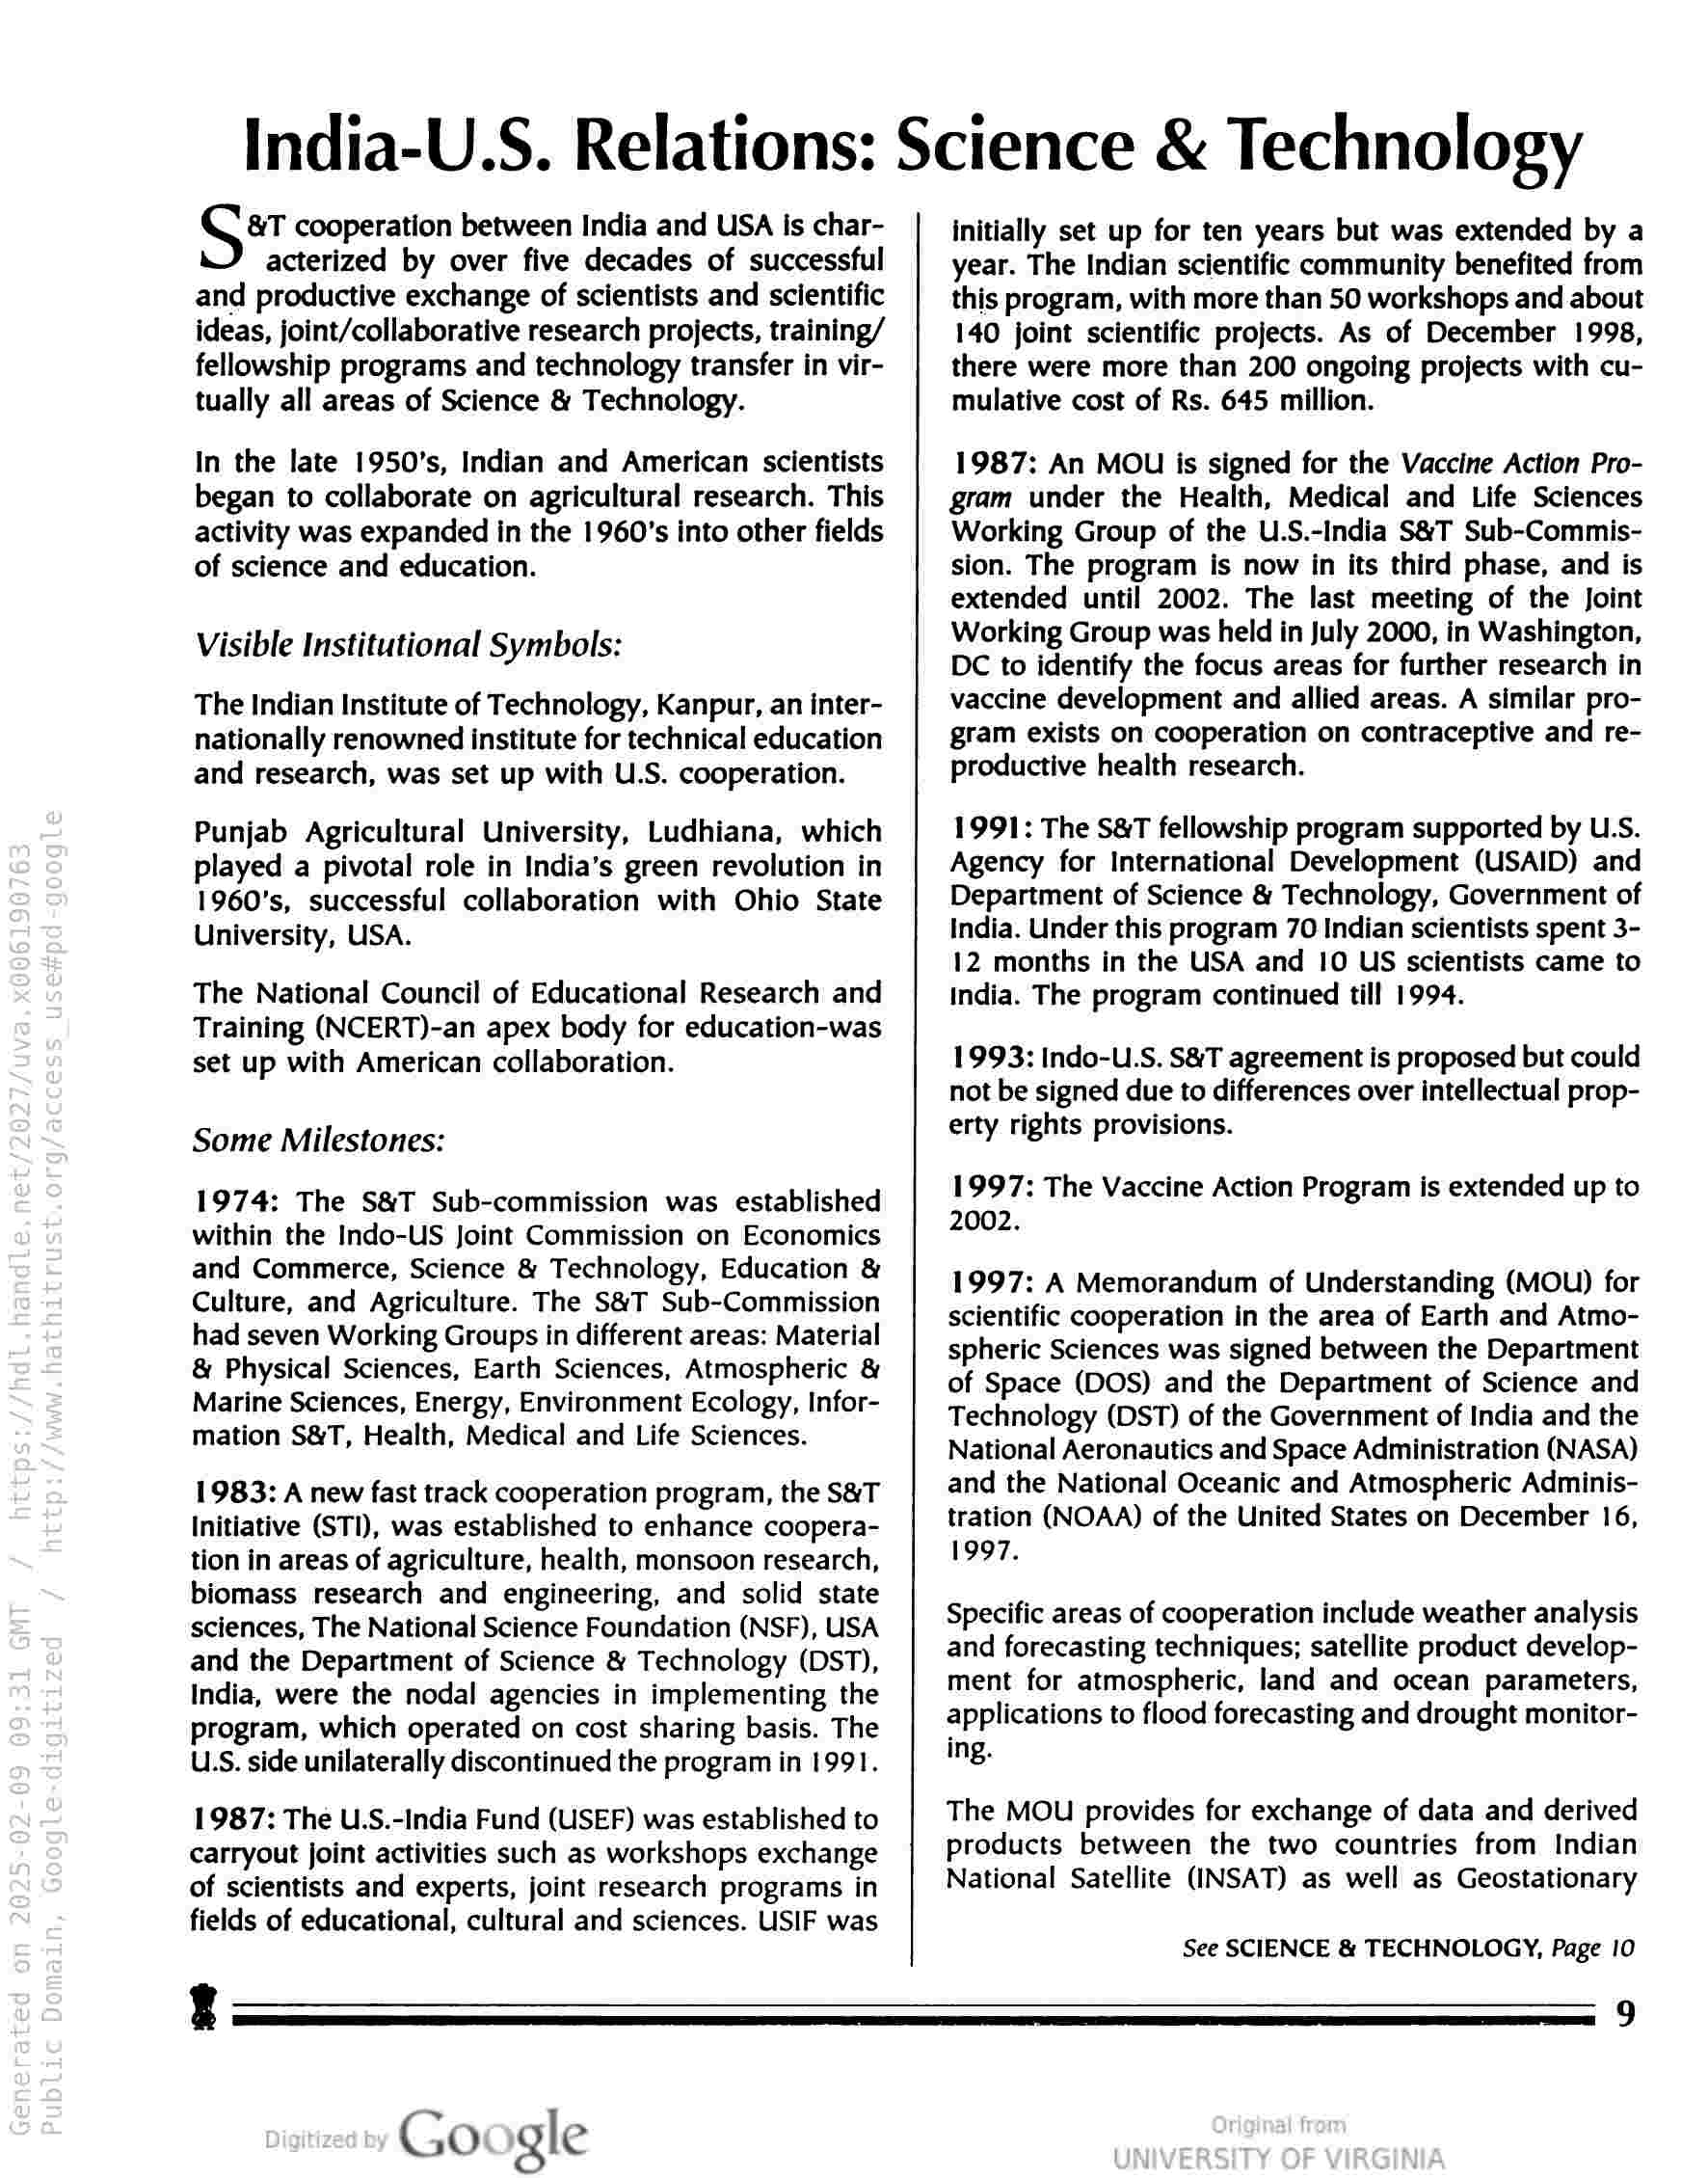
India-U.S. Relations: Science & Technology

&T cooperation between India and USA Is char-

acterized by over five decades of successful

and productive exchange of scientists and scientific

ideas, joint/collaborative research projects, training/

fellowship programs and technology transfer in vir-
tually all areas of Science & Technology.

In the late 1950's, Indian and American scientists
began to collaborate on agricultural research. This
activity was expanded in the 1960's into other fields
of science and education.

Visible Institutional Symbols:

The Indian Institute of Technology, Kanpur, an inter-
nationally renowned institute for technical education
and research, was set up with U.S. cooperation.

Punjab Agricultural University, Ludhiana, which
played a pivotal role in India’s green revolution in
1960's, successful collaboration with Ohio State
University, USA.

The National Council of Educational Research and
Training (NCERT)-an apex body for education-was
set up with American collaboration.

Some Milestones:

1974: The S&T Sub-commission was established
within the Indo-US Joint Commission on Economics
and Commerce, Science & Technology, Education &
Culture, and Agriculture. The S&T Sub-Commission
had seven Working Groups in different areas: Material
& Physical Sciences, Earth Sciences, Atmospheric &
Marine Sciences, Energy, Environment Ecology, Infor-
mation S&T, Health, Medical and Life Sciences.

1983: A new fast track cooperation program, the S&T
Initiative (STI), was established to enhance coopera-
tion in areas of agriculture, health, monsoon research,
biomass research and engineering, and solid state
sciences, The National Science Foundation (NSF), USA
and the Department of Science & Technology (DST),
India, were the nodal agencies in implementing the
program, which operated on cost sharing basis. The
U.S. side unilaterally discontinued the program in 1991.

1987: The U.S.-India Fund (USEF) was established to
carryout joint activities such as workshops exchange
of scientists and experts, joint research programs in
fields of educational, cultural and sciences. USIF was

initially set up for ten years but was extended by a
year. The Indian scientific community benefited from
this program, with more than 50 workshops and about
140 joint scientific projects. As of December 1998,
there were more than 200 ongoing projects with cu-
mulative cost of Rs. 645 million.

1987: An MOU is signed for the Vaccine Action Pro-
gram under the Health, Medical and Life Sciences
Working Group of the U.S.-India S&T Sub-Commis-
sion. The program is now in its third phase, and is
extended until 2002. The last meeting of the Joint
Working Group was held in July 2000, in Washington,
DC to identify the focus areas for further research in
vaccine development and allied areas. A similar pro-
gram exists on cooperation on contraceptive and re-
productive health research.

1991: The S&T fellowship program supported by U.S.
Agency for International Development (USAID) and
Department of Science & Technology, Government of
India. Under this program 70 Indian scientists spent 3-
12 months in the USA and 10 US scientists came to
India. The program continued till 1994.

1993: Indo-U.S. S&T agreement is proposed but could
not be signed due to differences over intellectual prop-
erty rights provisions.

1997: The Vaccine Action Program is extended up to
2002.

1997: A Memorandum of Understanding (MOU) for
scientific cooperation in the area of Earth and Atmo-
spheric Sciences was signed between the Department
of Space (DOS) and the Department of Science and
Technology (DST) of the Government of India and the
National Aeronautics and Space Administration (NASA)
and the National Oceanic and Atmospheric Adminis-
tration (NOAA) of the United States on December 16,
1997.

Specific areas of cooperation include weather analysis
and forecasting techniques; satellite product develop-
ment for atmospheric, land and ocean parameters,
applications to flood forecasting and drought monitor-
ing.

The MOU provides for exchange of data and derived
products between the two countries from Indian
National Satellite (INSAT) as well as Geostationary

See SCIENCE & TECHNOLOGY, Page 10

z
Google

9